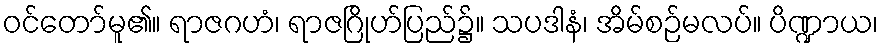
ဝင်တော်မူ၏။ ရာဇဂဟံ၊ ရာဇဂြိုဟ်ပြည်၌။ သပဒါနံ၊ အိမ်စဉ်မလပ်။ ပိဏ္ဍာယ၊